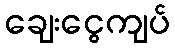
ချေးငွေကျပ်